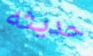
حديثه